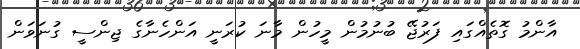
އާންމު ގޮތެއްގައި ފަރުޖޭ ބުނުމުން މީހުން މާނަ ކުރަނީ އަންހެނާގެ ޖިންސީ ގުނަވަން